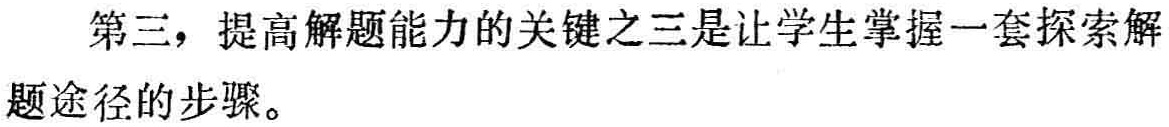
第三，提高解题能力的关键之三是让学生掌握一套探索解题途径的步骤。